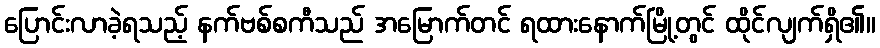
ပြောင်းလာခဲ့ရသည့် နက်ဗစ်စကီသည် အမြောက်တင် ရထားနောက်မြို့တွင် ထိုင်လျက်ရှိ၏။